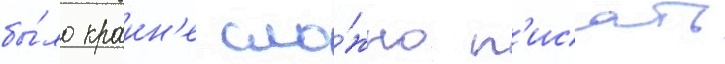
бы́ло краин'е сло́жно п'исать